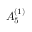
{ A } _ { 5 } ^ { ( 1 ) }